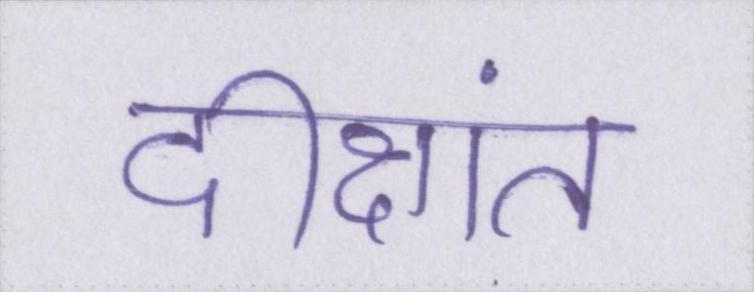
दीक्षांत